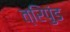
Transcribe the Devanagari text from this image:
त्रिपुंड